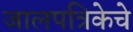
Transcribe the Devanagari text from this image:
जालपत्रिकेचे